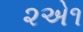
૨એ૧